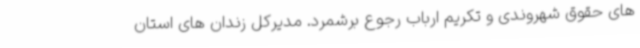
های حقوق شهروندی و تکریم ارباب رجوع برشمرد. مدیرکل زندان های استان